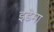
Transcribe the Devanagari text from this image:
इडेमा